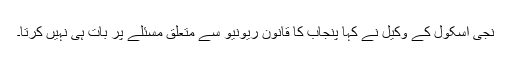
نجی اسکول کے وکیل نے کہا پنجاب کا قانون ریونیو سے متعلق مسئلے پر بات ہی نہیں کرتا۔